Indian journal of veterinary science and animal husbandry - Volume 10,
Year: 1940
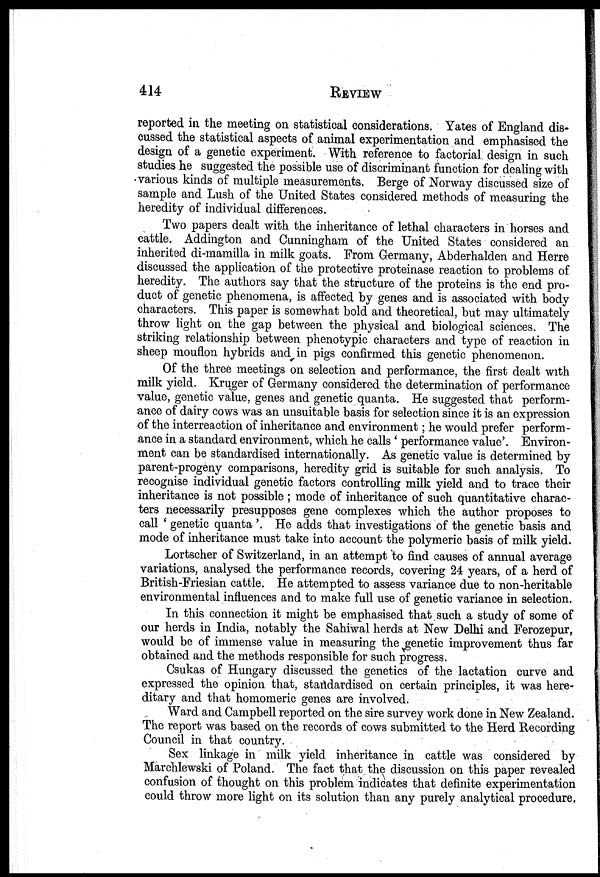
414
REVIEW
reported in the meeting on statistical considerations. Yates of England dis-
cussed the statistical aspects of animal experimentation and emphasised the
design of a genetic experiment. With reference to factorial design in such
studies he suggested the possible use of discriminant function for dealing with
various kinds of multiple measurements. Berge of Norway discussed size of
sample and Lush of the United States considered methods of measuring the
heredity of individual differences.
Two papers dealt with the inheritance of lethal characters in horses and
cattle. Addington and Cunningham of the United States considered an
inherited di-mamilla in milk goats. From Germany, Abderhalden and Herre
discussed the application of the protective proteinase reaction to problems of
heredity. The authors say that the structure of the proteins is the end pro-
duct of genetic phenomena, is affected by genes and is associated with body
characters. This paper is somewhat bold and theoretical, but may ultimately
throw light on the gap between the physical and biological sciences. The
striking relationship between phenotypic characters and type of reaction in
sheep mouflon hybrids and in pigs confirmed this genetic phenomenon.
Of the three meetings on selection and performance, the first dealt with
milk yield. Kruger of Germany considered the determination of performance
value, genetic value, genes and genetic quanta. He suggested that perform-
ance of dairy cows was an unsuitable basis for selection since it is an expression
of the interreaction of inheritance and environment; he would prefer perform-
ance in a standard environment, which he calls ' performance value'. Environ-
ment can be standardised internationally. As genetic value is determined by
parent-progeny comparisons, heredity grid is suitable for such analysis. To
recognise individual genetic factors controlling milk yield and to trace their
inheritance is not possible ; mode of inheritance of such quantitative charac-
ters necessarily presupposes gene complexes which the author proposes to
call ' genetic quanta '. He adds that investigations of the genetic basis and
mode of inheritance must take into account the polymeric basis of milk yield.
Lortscher of Switzerland, in an attempt to find causes of annual average
variations, analysed the performance records, covering 24 years, of a herd of
British-Friesian cattle. He attempted to assess variance due to non-heritable
environmental influences and to make full use of genetic variance in selection.
In this connection it might be emphasised that such a study of some of
our herds in India, notably the Sahiwal herds at New Delhi and Ferozepur,
would be of immense value in measuring the genetic improvement thus far
obtained and the methods responsible for such progress.
Csukas of Hungary discussed the genetics of the lactation curve and
expressed the opinion that, standardised on certain principles, it was here-
ditary and that homomeric genes are involved.
Ward and Campbell reported on the sire survey work done in New Zealand.
The report was based on the records of cows submitted to the Herd Recording
Council in that country.
Sex linkage in milk yield inheritance in cattle was considered by
Marchlewski of Poland. The fact that the discussion on this paper revealed
confusion of thought on this problem indicates that definite experimentation
could throw more light on its solution than any purely analytical procedure,